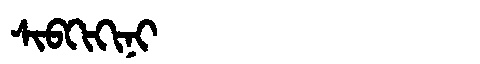
Manchu: ᠰᡳᠪᡴᡳᡴᡳᠨᡳ
Romanization: SIBKIKINI